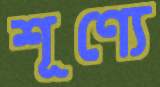
শূণ্যে